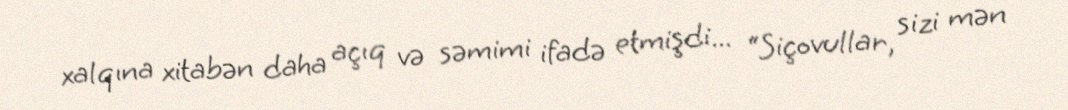
xalqına xitabən daha açıq və səmimi ifadə etmişdi... “Siçovullar, sizi mən